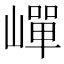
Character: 㠆